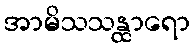
အာမိသသန္ထာရော